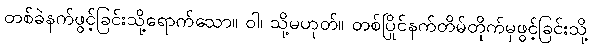
တစ်ခဲနက်ဖွင့်ခြင်းသို့ရောက်သော။ ဝါ၊ သို့မဟုတ်။ တစ်ပြိုင်နက်တိမ်တိုက်မှဖွင့်ခြင်းသို့